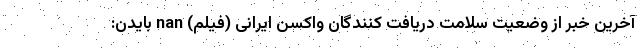
آخرین خبر از وضعیت سلامت دریافت کنندگان واکسن ایرانی (فیلم) nan بایدن: